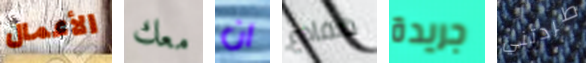
الأعمال معك ان ضفادع جريدة طردتني